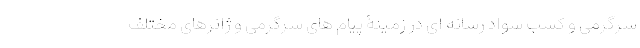
سرگرمی و کسب سواد رسانه ای در زمینۀ پیام های سرگرمی و ژانرهای مختلف